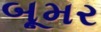
બૂમર